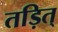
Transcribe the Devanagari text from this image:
तड़ित्‌